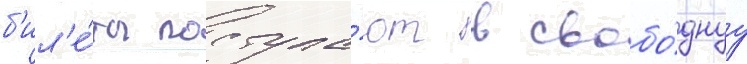
б'ил'е́ты поступа́ют в свобо́днуу